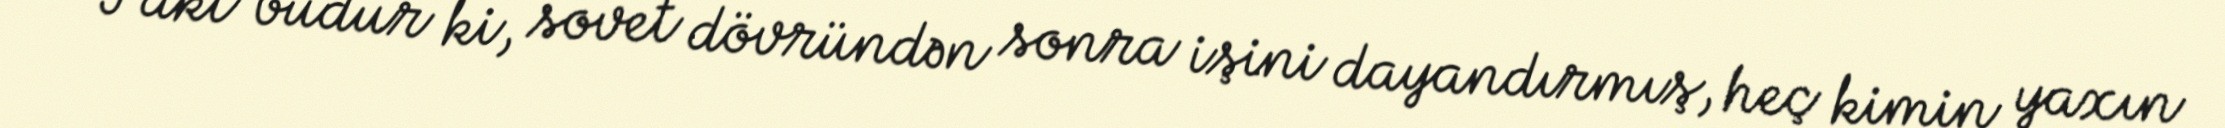
Fakt budur ki, sovet dövründən sonra işini dayandırmış, heç kimin yaxın